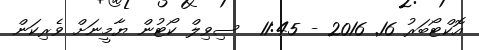
އޮކްޓޯބަރު 16